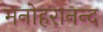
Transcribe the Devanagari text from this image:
मनोहरानन्द